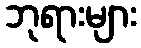
ဘုရားများ